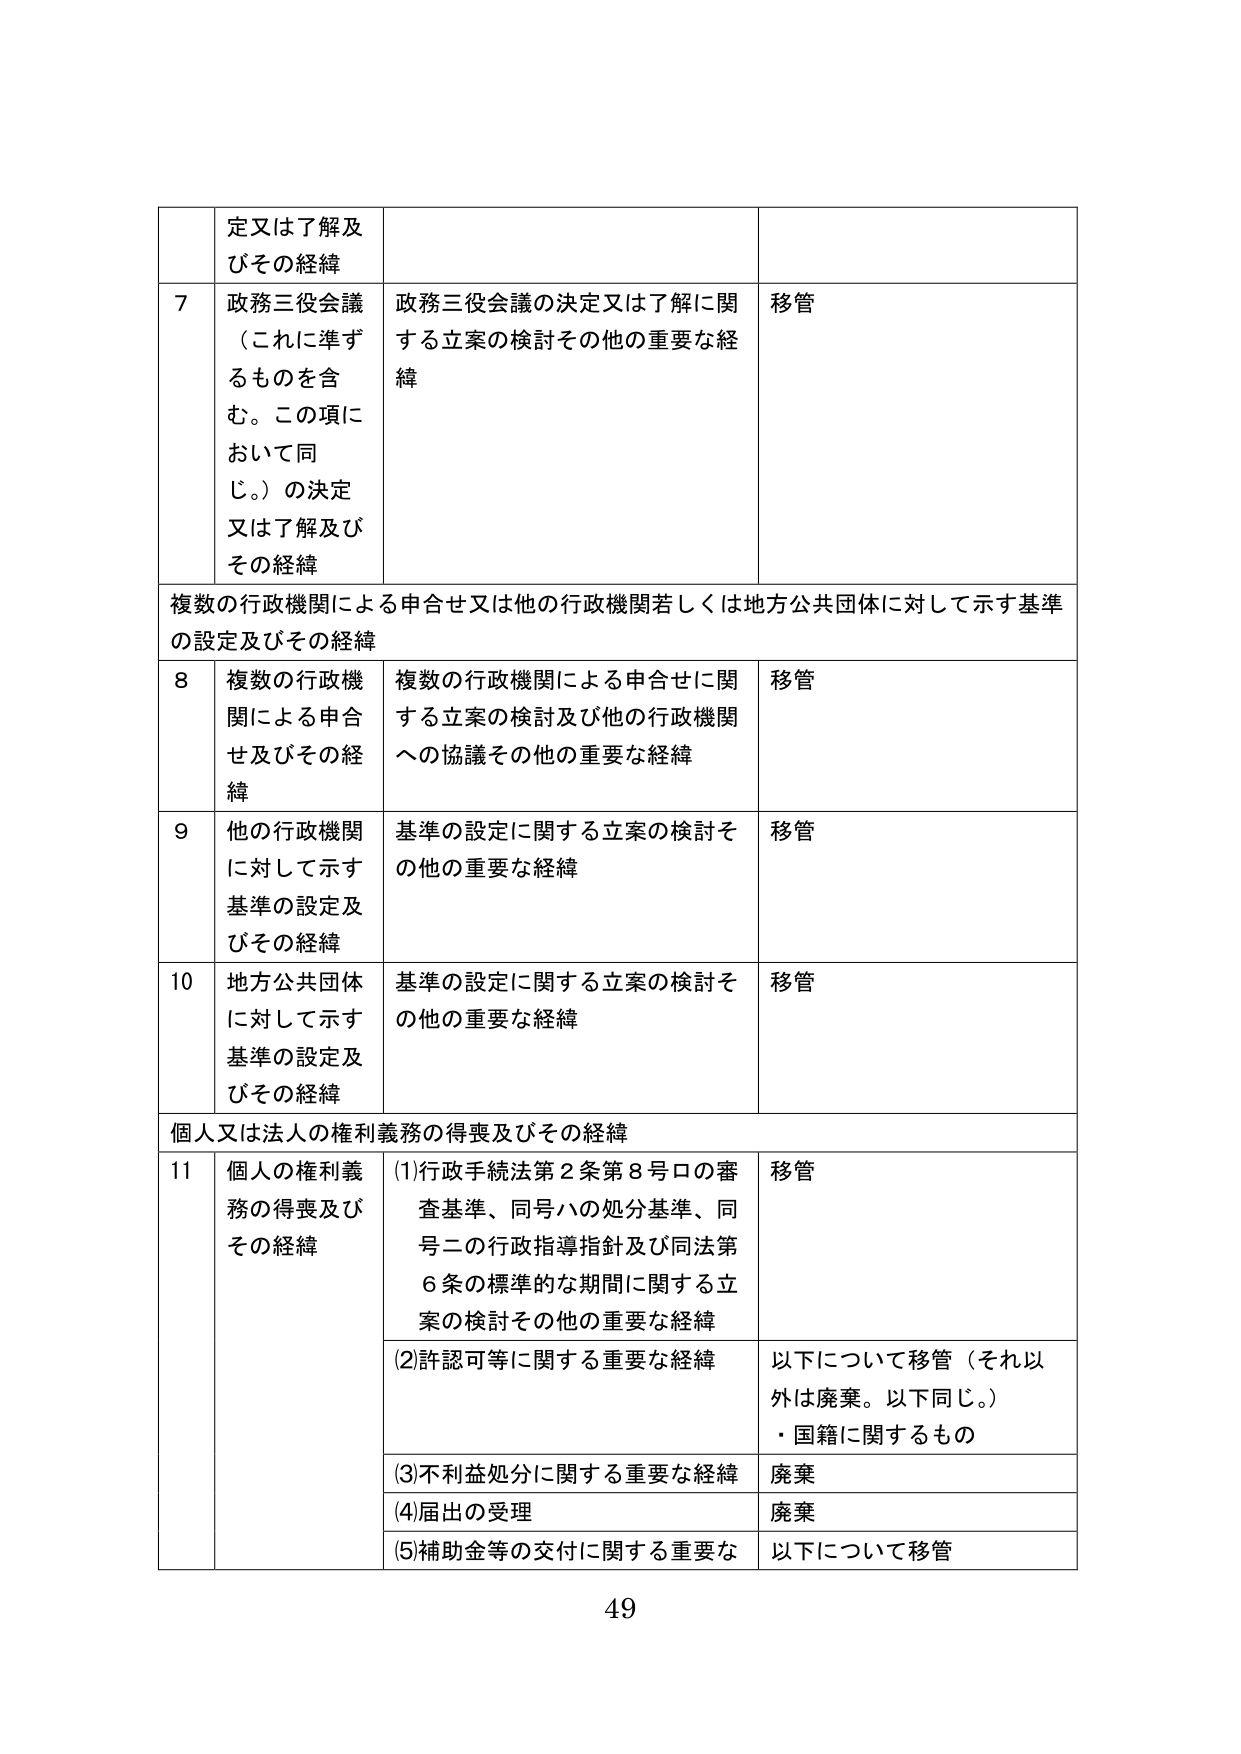
定又は了解及びその経緯

7 政務三役会議（これに準ずるものを含む。この項において同じ。）の決定又は了解及びその経緯
政務三役会議の決定又は了解に関する立案の検討その他の重要な経緯
移管

複数の行政機関による申合せ又は他の行政機関若しくは地方公共団体に対して示す基準の設定及びその経緯

8 複数の行政機関による申合せ及びその経緯
複数の行政機関による申合せに関する立案の検討及び他の行政機関への協議その他の重要な経緯
移管

9 他の行政機関に対して示す基準の設定及びその経緯
基準の設定に関する立案の検討その他の重要な経緯
移管

10 地方公共団体に対して示す基準の設定及びその経緯
基準の設定に関する立案の検討その他の重要な経緯
移管

個人又は法人の権利義務の得喪及びその経緯

11 個人の権利義務の得喪及びその経緯
(1)行政手続法第2条第8号ロの審査基準、同号ハの処分基準、同号ニの行政指導指針及び同法第6条の標準的な期間に関する立案の検討その他の重要な経緯
移管

(2)許認可等に関する重要な経緯
以下について移管（それ以外は廃棄。以下同じ。）
・国籍に関するもの

(3)不利益処分に関する重要な経緯
廃棄

(4)届出の受理
廃棄

(5)補助金等の交付に関する重要な
以下について移管

49